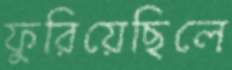
ফুরিয়েছিলে